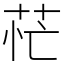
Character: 𦮝